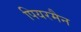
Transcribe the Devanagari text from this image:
पियरमैन